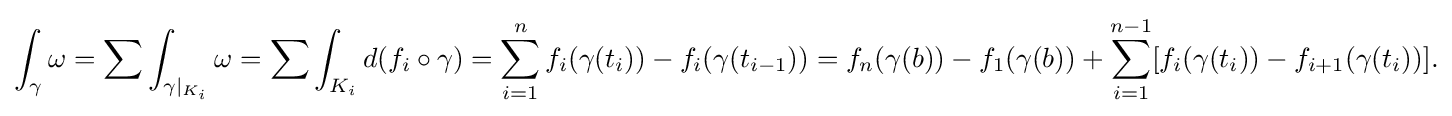
\displaystyle {\int _{\gamma }\omega =\sum \int _{\gamma |_{K_{i}}}\omega =\sum \int _{K_{i}}d(f_{i}\circ \gamma )=\sum _{i=1}^{n}f_{i}(\gamma (t_{i}))-f_{i}(\gamma (t_{i-1}))=f_{n}(\gamma (b))-f_{1}(\gamma (b))+\sum _{i=1}^{n-1}[f_{i}(\gamma (t_{i}))-f_{i+1}(\gamma (t_{i}))].}